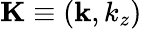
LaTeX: {\mathbf K}\equiv({\mathbf k},k_{z})